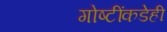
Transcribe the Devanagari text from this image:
गोष्टींकडेही